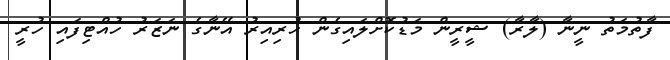
ފާތުމަތު ނީނާ (ލާރާ) ޝީރީން މަޑުކޮށްލައިގެން ހުރިއިރު އޭނާގެ ނަޒަރު ހުއްޓިފައި ހުރީ